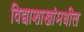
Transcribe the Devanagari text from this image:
विद्याशाखांमधील